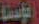
المؤسسة